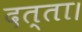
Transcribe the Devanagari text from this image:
दत्ता।